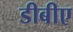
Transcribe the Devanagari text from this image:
डीबीए